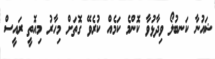
ޝައުނާ ކަނބުލޯ ވިދާޅުވާ ކޮންމެ ކަމެއް ކުރެވޭ ގޮތަށް މިހާރު މިއޮތީ ރައީސް